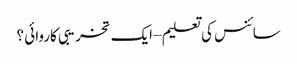
سائنس کی تعلیم – ایک تخریبی کاروائی ؟